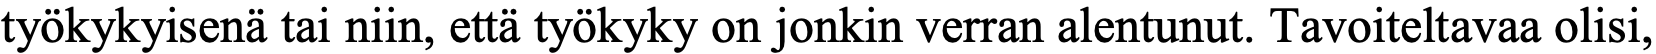
työkykyisenä tai niin, että työkyky on jonkin verran alentunut. Tavoiteltavaa olisi,